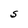
Character: S